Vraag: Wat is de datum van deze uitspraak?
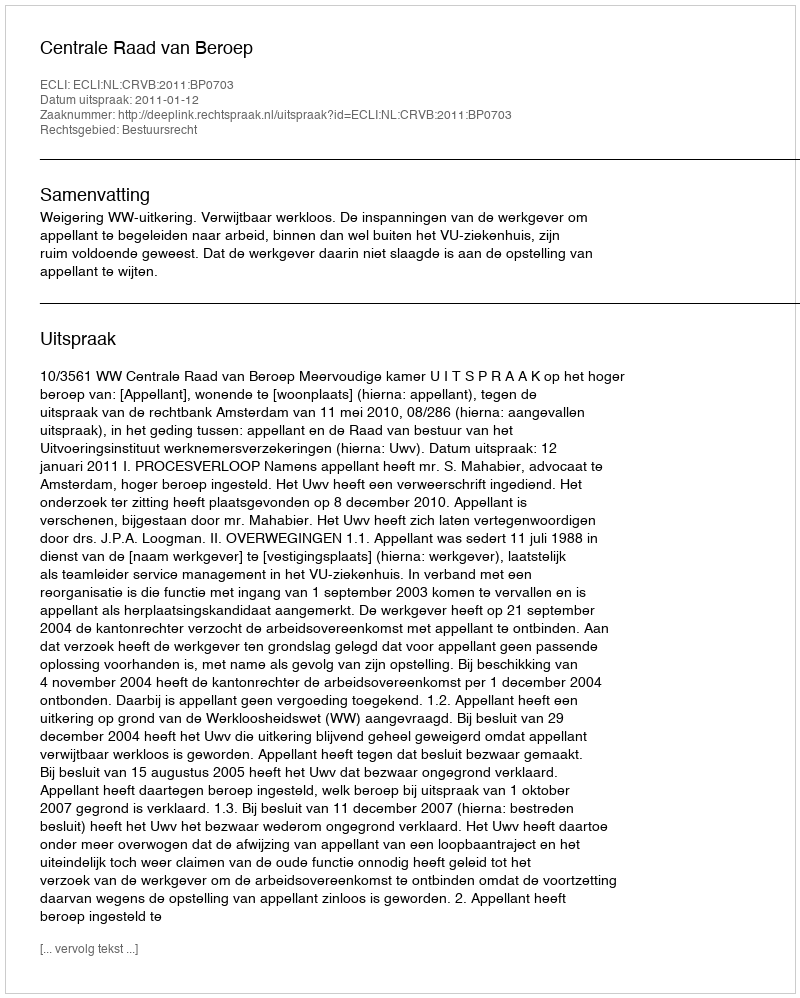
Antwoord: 2011-01-12